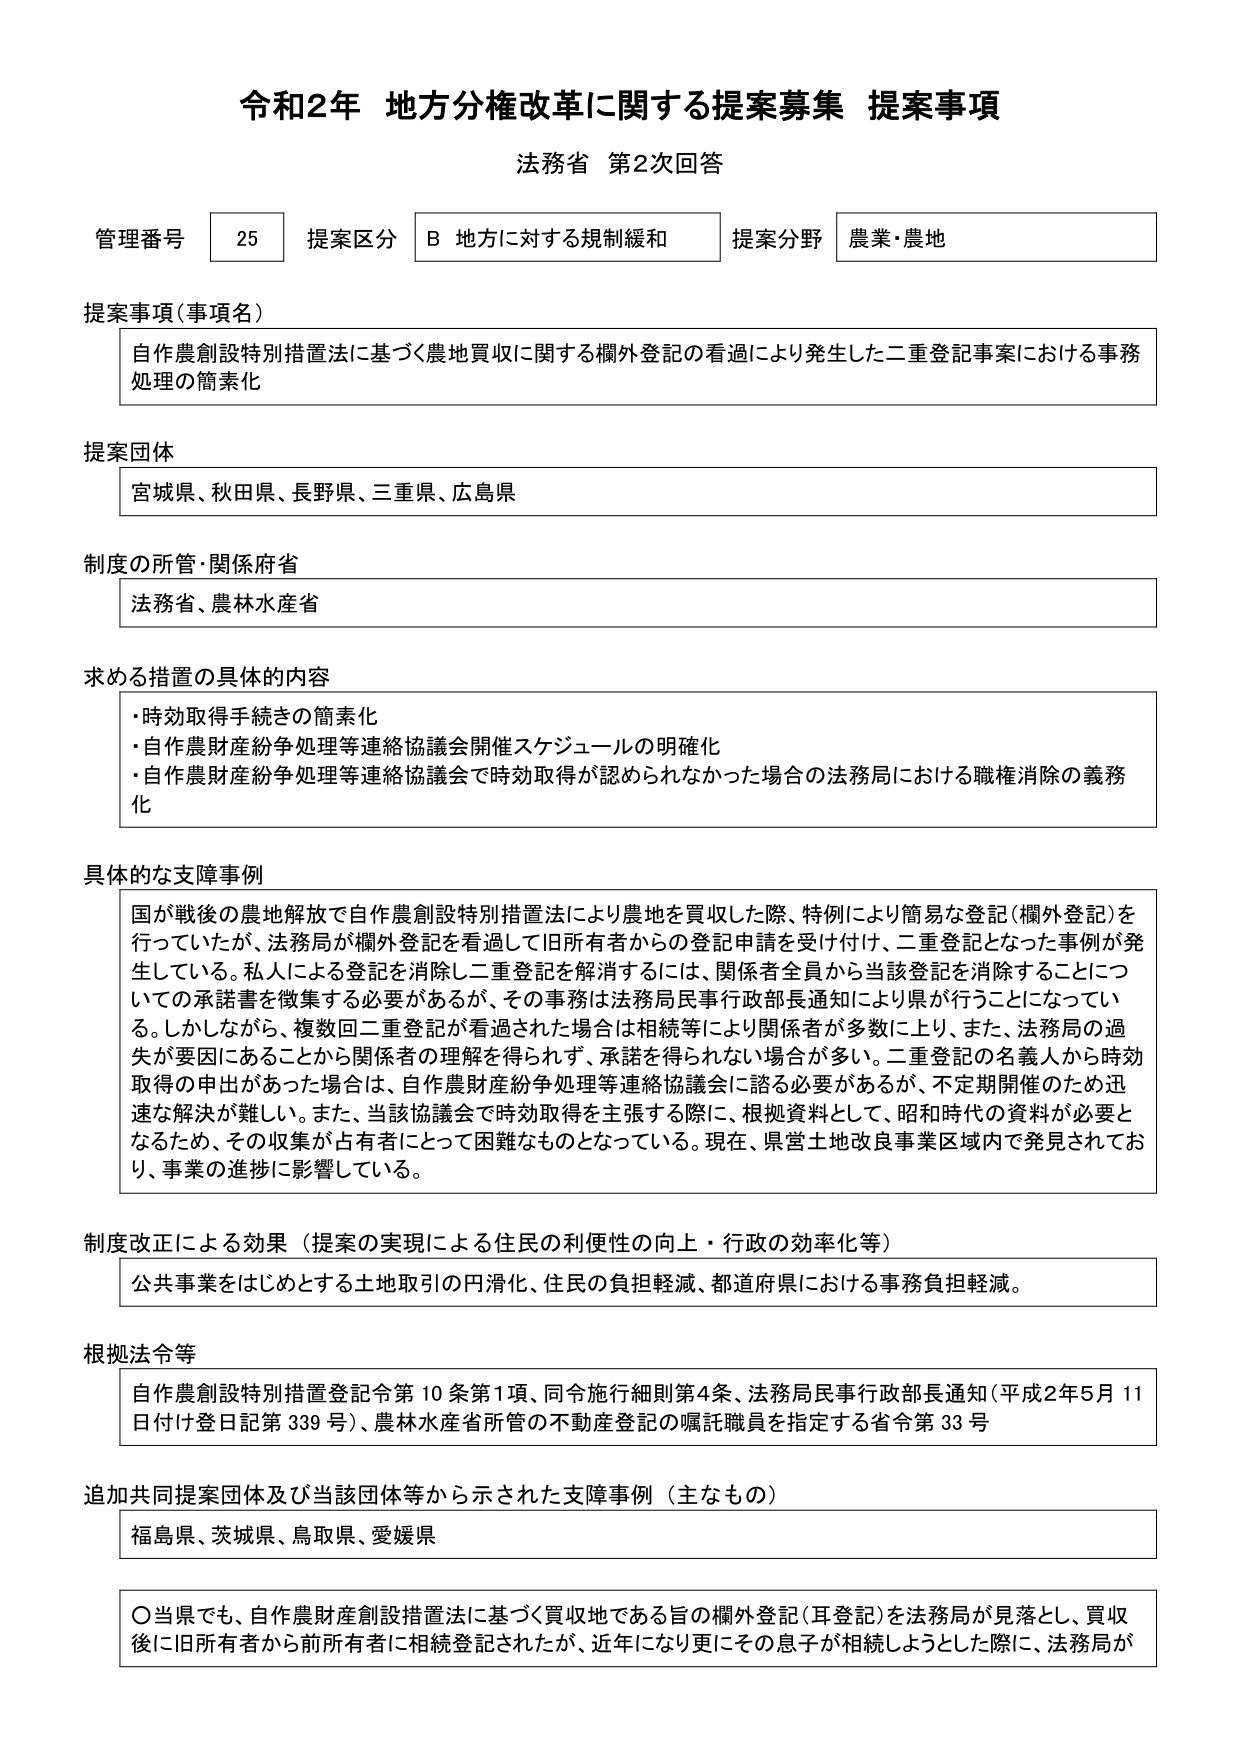
令和2年 地方分権改革に関する提案募集 提案事項
法務省 第2次回答

管理番号 25 提案区分 B 地方に対する規制緩和 提案分野 農業・農地

提案事項（事項名）
自作農創設特別措置法に基づく農地買収に関する欄外登記の看過により発生した二重登記事案における事務処理の簡素化

提案団体
宮城県、秋田県、長野県、三重県、広島県

制度の所管・関係府省
法務省、農林水産省

求める措置の具体的内容
・時効取得手続きの簡素化
・自作農財産紛争処理等連絡協議会開催スケジュールの明確化
・自作農財産紛争処理等連絡協議会で時効取得が認められなかった場合の法務局における職権消除の義務化

具体的な支障事例
国が戦後の農地解放で自作農創設特別措置法により農地を買収した際、特例により簡易な登記（欄外登記）を行っていたが、法務局が欄外登記を看過して旧所有者からの登記申請を受け付け、二重登記となった事例が発生している。私人による登記を消除し二重登記を解消するには、関係者全員から当該登記を消除することについての承諾書を徴集する必要があるが、その事務は法務局民事行政部長通知により県が行うことになっている。しかしながら、複数回二重登記が看過された場合は相続等により関係者が多数に上り、また、法務局の過失が要因にあることから関係者の理解を得られず、承諾を得られない場合が多い。二重登記の名義人から時効取得の申出があった場合は、自作農財産紛争処理等連絡協議会に諮る必要があるが、不定期開催のため迅速な解決が難しい。また、当該協議会で時効取得を主張する際に、根拠資料として、昭和時代の資料が必要となるため、その収集が占有者にとって困難なものとなっている。現在、県営土地改良事業区域内で発見されており、事業の進捗に影響している。

制度改正による効果（提案の実現による住民の利便性の向上・行政の効率化等）
公共事業をはじめとする土地取引の円滑化、住民の負担軽減、都道府県における事務負担軽減。

根拠法令等
自作農創設特別措置登記令第10条第1項、同令施行細則第4条、法務局民事行政部長通知（平成2年5月11日付け登日記第339号）、農林水産省所管の不動産登記の嘱託職員を指定する省令第33号

追加共同提案団体及び当該団体等から示された支障事例（主なもの）
福島県、茨城県、鳥取県、愛媛県

〇当県でも、自作農財産創設措置法に基づく買収地である旨の欄外登記（耳登記）を法務局が見落とし、買収後に旧所有者から前所有者に相続登記されたが、近年になり更にその息子が相続しようとした際に、法務局が